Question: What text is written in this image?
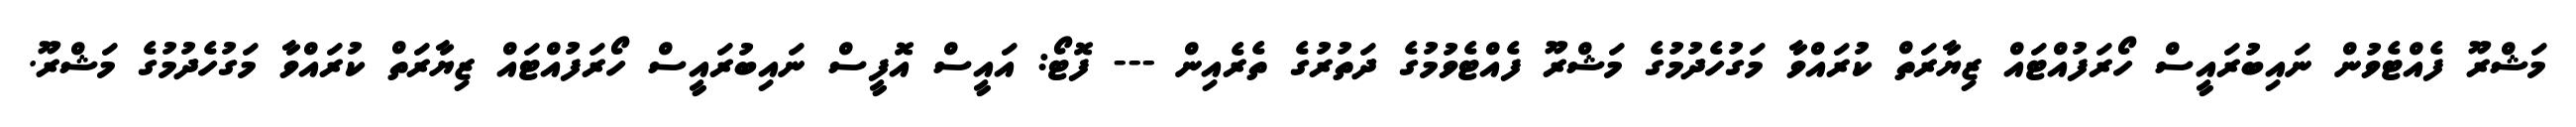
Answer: މަޝްރޫ ފެއްޓެވުން ނައިބުރައީސް ހޯރަފުއްޓައް ޒިޔާރަތް ކުރައްވާ މަގުހެދުމުގެ މަޝްރޫ ފެއްޓެވުމުގެ ދަތުރުގެ ތެރެއިން --- ފޮޓޯ: އައީސް އޮފީސް ނައިބުރައީސް ހޯރަފުއްޓައް ޒިޔާރަތް ކުރައްވާ މަގުހެދުމުގެ މަޝްރޫ.